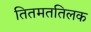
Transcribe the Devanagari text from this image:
तितमततिलक